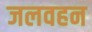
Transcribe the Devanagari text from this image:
जलवहन